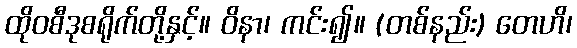
ထိုဝစီဒုစရိုက်တို့နှင့်။ ဝိနာ၊ ကင်း၍။ (တစ်နည်း) တေဟိ၊